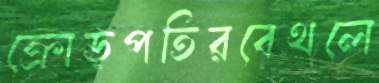
ক্রোড়পতিরবেথলে